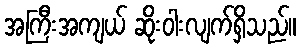
အကြီးအကျယ် ဆိုးဝါးလျက်ရှိသည်။